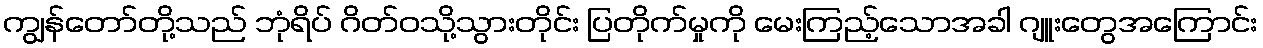
ကျွန်တော်တို့သည် ဘုံရိပ် ဂိတ်ဝသို့သွားတိုင်း ပြတိုက်မှုကို မေးကြည့်သောအခါ ဂျူးတွေအကြောင်း